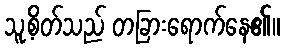
သူ့စိတ်သည် တခြားရောက်နေ၏။